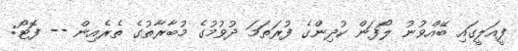
ފީއަލީގައި ބޭއްވުނު ލޯފަން ކުދިންގެ ފުރަތަަމަ ދުވުމުގެ މުބާރާތުގެ ތެރެއިން -- ފޮޓޯ: